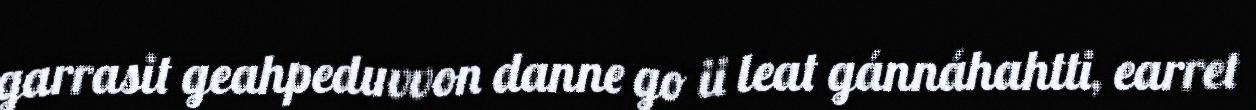
garrasit geahpeduvvon danne go ii leat gánnáhahtti, earret